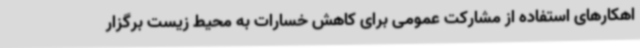
اهکارهای استفاده از مشارکت عمومی برای کاهش خسارات به محیط زیست برگزار